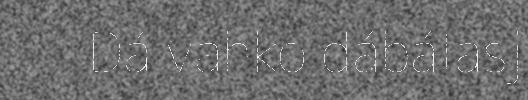
Dá vahko dábálasj